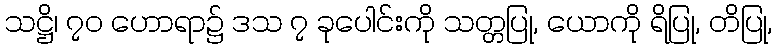
သဋ္ဌိ၊ ၇၀ ဟောရာ၌ ဒသ ၇ ခုပေါင်းကို သတ္တပြု, ယောကို ရိပြု, တိပြု,